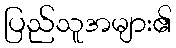
ပြည်သူအများ၏